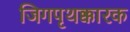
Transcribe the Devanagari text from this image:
जिगपृथक्कारक